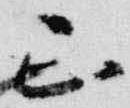
正